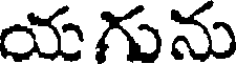
యగును